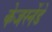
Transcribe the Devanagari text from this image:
केजर्स्नेडे